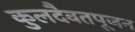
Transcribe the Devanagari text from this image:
कुलदैवतपूजन